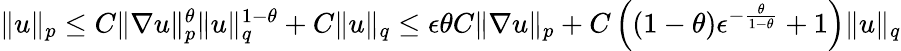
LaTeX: \begin{array}{r}{\| u\| _{p}\leq C\| \nabla u\| _{p}^{\theta}\| u\| _{q}^{1-\theta}+C\| u\| _{q}\leq\epsilon\theta C\| \nabla u\| _{p}+C\left((1-\theta)\epsilon^{-\frac{\theta}{1-\theta}}+1\right)\| u\| _{q}}\end{array}